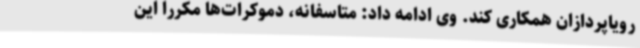
رویاپردازان همکاری کند. وی ادامه داد: متاسفانه، دموکرات‌ها مکررا این